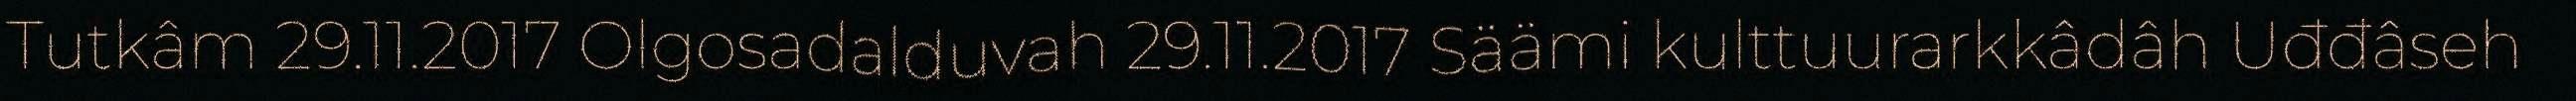
Tutkâm 29.11.2017 Olgosadalduvah 29.11.2017 Säämi kulttuurarkkâdâh Uđđâseh